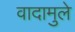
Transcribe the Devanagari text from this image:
वादामुले